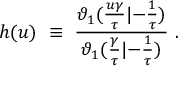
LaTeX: h ( u ) ~ \equiv ~ { \frac { \vartheta _ { 1 } ( { \frac { u \gamma } { \tau } } | { - { \frac { 1 } { \tau } } } ) } { \vartheta _ { 1 } ( { \frac { \gamma } { \tau } } | { - { \frac { 1 } { \tau } } } ) } } \ .